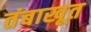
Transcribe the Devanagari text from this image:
तंबाखूत